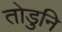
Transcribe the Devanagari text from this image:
तोडुनि